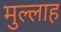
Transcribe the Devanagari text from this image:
मुल्‍लाह